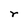
Character: r